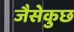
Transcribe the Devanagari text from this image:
जैसेकुछ